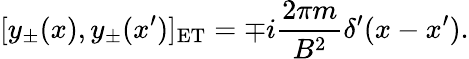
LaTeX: [y_{\pm}(x),y_{\pm}(x^{\prime})]_{\mathrm{ET}}=\mp i{\frac{2\pi m}{B^{2}}}\delta^{\prime}(x-x^{\prime}).